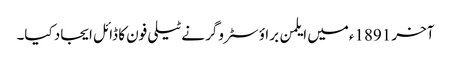
آخر 1891ءمیں ایلمن براؤ سٹروگر نے ٹیلی فون کا ڈائل ایجاد کیا۔